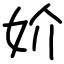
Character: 妎